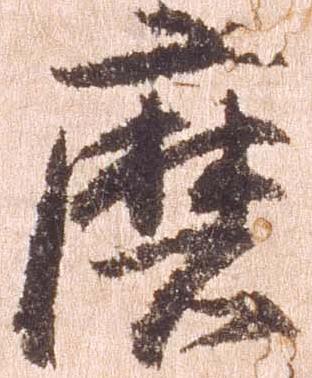
磨